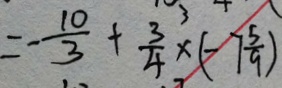
= - \frac { 1 0 } { 3 } + \frac { 3 } { 4 } \times ( - 7 \frac { 5 } { 9 } )